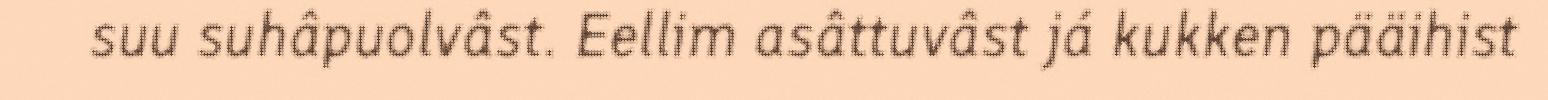
suu suhâpuolvâst. Eellim asâttuvâst já kukken pääihist